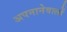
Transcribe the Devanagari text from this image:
अपनानेवालों